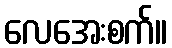
လေအေးစက်။